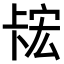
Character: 𫧲